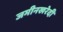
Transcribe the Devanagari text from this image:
जमीनखरेदी